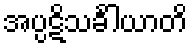
အပ္ပဋိသင်္ခါယာတိ